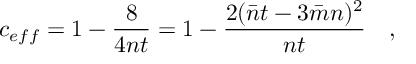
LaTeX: c _ { e f f } = 1 - \frac { 8 } { 4 n t } = 1 - \frac { 2 ( \bar { n } t - 3 \bar { m } n ) ^ { 2 } } { n t } \quad ,